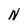
Character: N